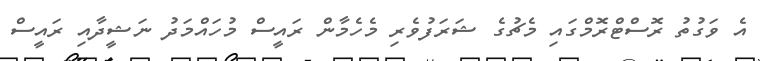
އެ ވަގުތު ރޮސްޓްރޮމްގައި މެޗުގެ ޝަރަފުވެރި މެހެމާން ރައީސް މުހައްމަދު ނަޝީދާއި ރައީސް